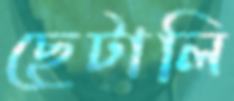
ছেটালি